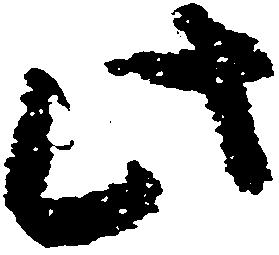
此